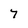
Character: 7